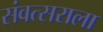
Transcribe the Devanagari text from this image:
संवत्सराला